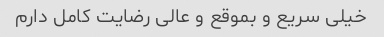
خیلی سریع و بموقع و عالی رضایت کامل دارم